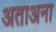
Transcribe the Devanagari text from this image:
अताअना